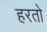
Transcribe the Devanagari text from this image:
हरतो